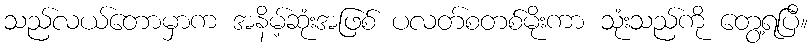
သည်လယ်တောမှာက အနိမ့်ဆုံးအဖြစ် ပလတ်စတစ်မိုးကာ သုံးသည်ကို တွေ့ရပြီ။